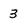
Character: 3